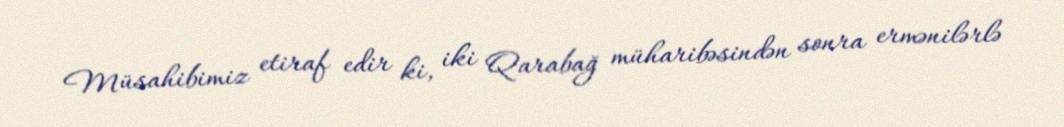
Müsahibimiz etiraf edir ki, iki Qarabağ müharibəsindən sonra ermənilərlə